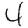
Digit: 4